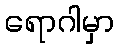
ရောဂါမှာ